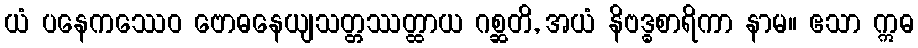
ယံ ပနေကဿေဝ ဗောဓနေယျသတ္တဿတ္ထာယ ဂစ္ဆတိ, အယံ နိဗဒ္ဓစာရိကာ နာမ။ ဧသာ ဣဓ